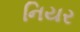
નિયર